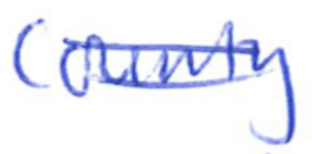
Text: County
Cross-out: double-line
Writing tool: ballpoint